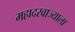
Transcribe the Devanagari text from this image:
महादरवाज्याला